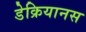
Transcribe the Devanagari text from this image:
डेक्रियानस